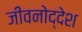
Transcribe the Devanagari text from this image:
जीवनोद्देश